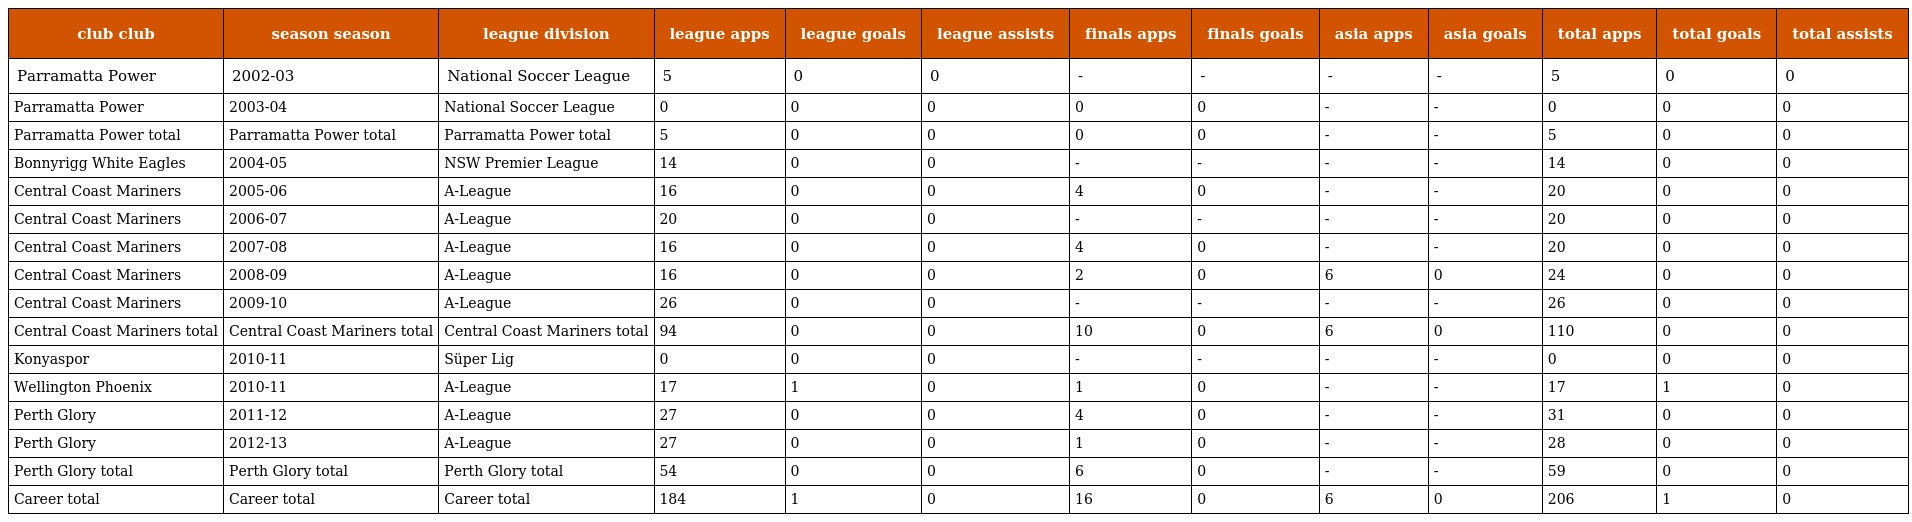
| club club | season season | league division | league apps | league goals | league assists | finals apps | finals goals | asia apps | asia goals | total apps | total goals | total assists |
 | --- | --- | --- | --- | --- | --- | --- | --- | --- | --- | --- | --- | --- |
 | Parramatta Power | 2002-03 | National Soccer League | 5 | 0 | 0 | - | - | - | - | 5 | 0 | 0 |
 | Parramatta Power | 2003-04 | National Soccer League | 0 | 0 | 0 | 0 | 0 | - | - | 0 | 0 | 0 |
 | Parramatta Power total | Parramatta Power total | Parramatta Power total | 5 | 0 | 0 | 0 | 0 | - | - | 5 | 0 | 0 |
 | Bonnyrigg White Eagles | 2004-05 | NSW Premier League | 14 | 0 | 0 | - | - | - | - | 14 | 0 | 0 |
 | Central Coast Mariners | 2005-06 | A-League | 16 | 0 | 0 | 4 | 0 | - | - | 20 | 0 | 0 |
 | Central Coast Mariners | 2006-07 | A-League | 20 | 0 | 0 | - | - | - | - | 20 | 0 | 0 |
 | Central Coast Mariners | 2007-08 | A-League | 16 | 0 | 0 | 4 | 0 | - | - | 20 | 0 | 0 |
 | Central Coast Mariners | 2008-09 | A-League | 16 | 0 | 0 | 2 | 0 | 6 | 0 | 24 | 0 | 0 |
 | Central Coast Mariners | 2009-10 | A-League | 26 | 0 | 0 | - | - | - | - | 26 | 0 | 0 |
 | Central Coast Mariners total | Central Coast Mariners total | Central Coast Mariners total | 94 | 0 | 0 | 10 | 0 | 6 | 0 | 110 | 0 | 0 |
 | Konyaspor | 2010-11 | Süper Lig | 0 | 0 | 0 | - | - | - | - | 0 | 0 | 0 |
 | Wellington Phoenix | 2010-11 | A-League | 17 | 1 | 0 | 1 | 0 | - | - | 17 | 1 | 0 |
 | Perth Glory | 2011-12 | A-League | 27 | 0 | 0 | 4 | 0 | - | - | 31 | 0 | 0 |
 | Perth Glory | 2012-13 | A-League | 27 | 0 | 0 | 1 | 0 | - | - | 28 | 0 | 0 |
 | Perth Glory total | Perth Glory total | Perth Glory total | 54 | 0 | 0 | 6 | 0 | - | - | 59 | 0 | 0 |
 | Career total | Career total | Career total | 184 | 1 | 0 | 16 | 0 | 6 | 0 | 206 | 1 | 0 |